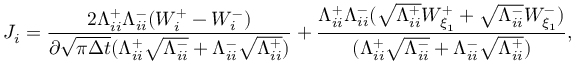
J _ { i } = \frac { 2 \Lambda _ { i i } ^ { + } \Lambda _ { i i } ^ { - } ( W _ { i } ^ { + } - W _ { i } ^ { - } ) } { \partial \sqrt { \pi \Delta t } ( \Lambda _ { i i } ^ { + } \sqrt { \Lambda _ { i i } ^ { - } } + \Lambda _ { i i } ^ { - } \sqrt { \Lambda _ { i i } ^ { + } } ) } + \frac { \Lambda _ { i i } ^ { + } \Lambda _ { i i } ^ { - } ( \sqrt { \Lambda _ { i i } ^ { + } } W _ { \xi _ { 1 } } ^ { + } + \sqrt { \Lambda _ { i i } ^ { - } } W _ { \xi _ { 1 } } ^ { - } ) } { ( \Lambda _ { i i } ^ { + } \sqrt { \Lambda _ { i i } ^ { - } } + \Lambda _ { i i } ^ { - } \sqrt { \Lambda _ { i i } ^ { + } } ) } ,